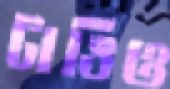
টাঙিও